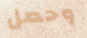
وحصل